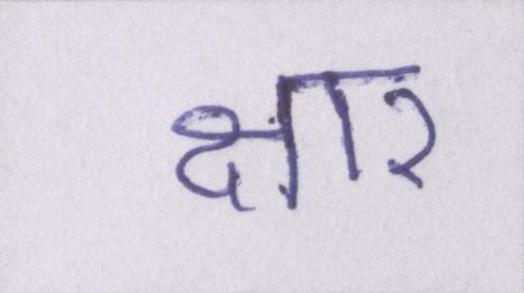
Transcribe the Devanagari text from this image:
क्षार